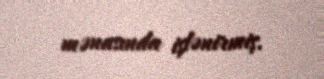
mənasında işlənirmiş.